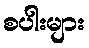
စပါးများ